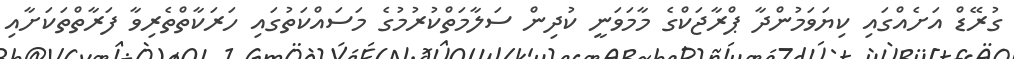
ގުރޭޑް އަށެއްގައި ކިޔަވަމުންދާ ޕްރާޖަކްގެ މާމަވަނީ ކުދިން ސަލާމަތްކުރުމުގެ މަސައްކަތުގައި ހަރަކާތްތެރިވާ ފަރާތްތަކަށާއި